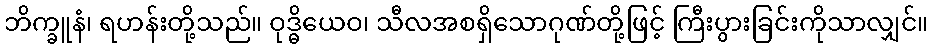
ဘိက္ခူနံ၊ ရဟန်းတို့သည်။ ဝုဒ္ဓိယေဝ၊ သီလအစရှိသောဂုဏ်တို့ဖြင့် ကြီးပွားခြင်းကိုသာလျှင်။